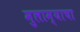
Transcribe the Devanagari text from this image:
मुलाम्याचा